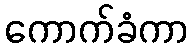
ကောက်ခံကာ